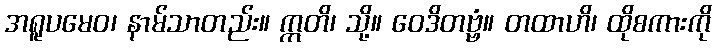
အရူပမေဝ၊ နာမ်သာတည်း။ ဣတိ၊ သို့။ ဝေဒိတဗ္ဗံ။ တထာဟိ၊ ထိုစကားကို